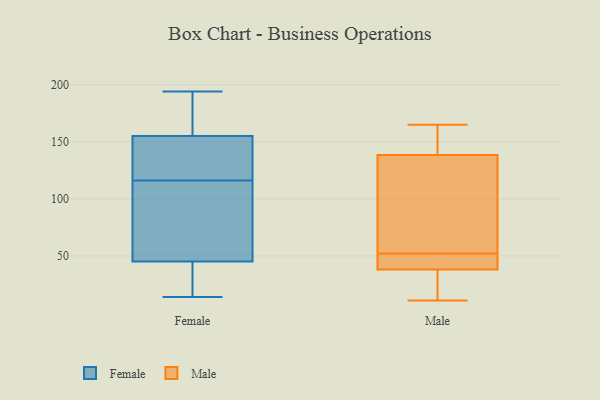
{"axis": {"x": "Temperature (°C)", "y": "Value"}, "legend": ["Female", "Male"], "data": [{"x": "", "y": 155, "type": "Female"}, {"x": "", "y": 29, "type": "Female"}, {"x": "", "y": 36, "type": "Female"}, {"x": "", "y": 123, "type": "Female"}, {"x": "", "y": 58, "type": "Female"}, {"x": "", "y": 85, "type": "Female"}, {"x": "", "y": 182, "type": "Female"}, {"x": "", "y": 14, "type": "Female"}, {"x": "", "y": 45, "type": "Female"}, {"x": "", "y": 14, "type": "Female"}, {"x": "", "y": 190, "type": "Female"}, {"x": "", "y": 109, "type": "Female"}, {"x": "", "y": 184, "type": "Female"}, {"x": "", "y": 128, "type": "Female"}, {"x": "", "y": 141, "type": "Female"}, {"x": "", "y": 45, "type": "Female"}, {"x": "", "y": 152, "type": "Female"}, {"x": "", "y": 194, "type": "Female"}, {"x": "", "y": 12, "type": "Male"}, {"x": "", "y": 52, "type": "Male"}, {"x": "", "y": 38, "type": "Male"}, {"x": "", "y": 136, "type": "Male"}, {"x": "", "y": 165, "type": "Male"}, {"x": "", "y": 147, "type": "Male"}, {"x": "", "y": 154, "type": "Male"}, {"x": "", "y": 43, "type": "Male"}, {"x": "", "y": 48, "type": "Male"}, {"x": "", "y": 11, "type": "Male"}, {"x": "", "y": 38, "type": "Male"}, {"x": "", "y": 24, "type": "Male"}, {"x": "", "y": 125, "type": "Male"}, {"x": "", "y": 52, "type": "Male"}, {"x": "", "y": 141, "type": "Male"}, {"x": "", "y": 83, "type": "Male"}]}